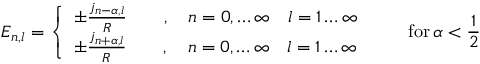
E _ { n , l } = \left\{ \begin{array} { l } { { \pm \frac { j _ { n - \alpha , l } } { R } \qquad , \quad n = 0 , \ldots \infty \quad l = 1 \ldots \infty } } \\ { { \pm \frac { j _ { n + \alpha , l } } { R } \qquad , \quad n = 0 , \ldots \infty \quad l = 1 \ldots \infty } } \end{array} \right. \qquad \mathrm { f o r } \, \alpha < \frac { 1 } { 2 }